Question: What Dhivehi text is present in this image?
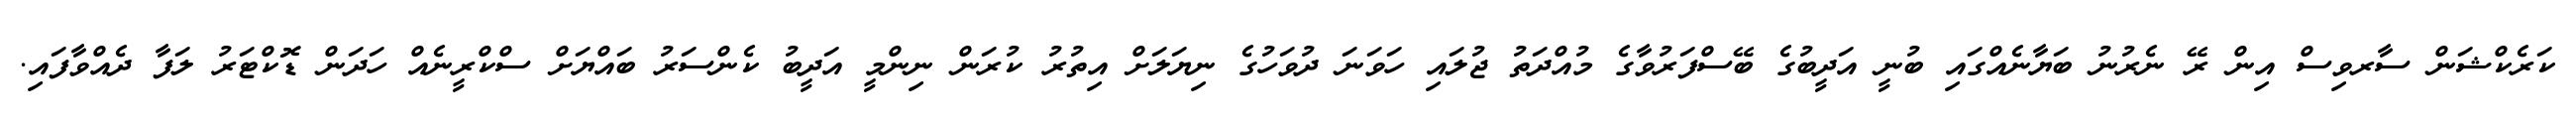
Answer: ކަރެކްޝަން ސާރވިސް އިން ރޭ ނެރުނު ބަޔާނެއްގައި ބުނީ އަދީބުގެ ބޭސްފަރުވާގެ މުއްދަތު ޖުލައި ހަވަނަ ދުވަހުގެ ނިޔަލަށް އިތުރު ކުރަން ނިންމީ އަދީބު ކެންސަރު ބައްޔަށް ސްކްރީނެއް ހަދަން ޑޮކްޓަރު ލަފާ ދެއްވާފައި.